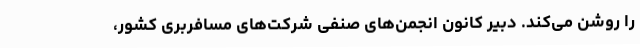
را روشن می‌کند. دبیر کانون انجمن‌های صنفی شرکت‌های مسافربری کشور،